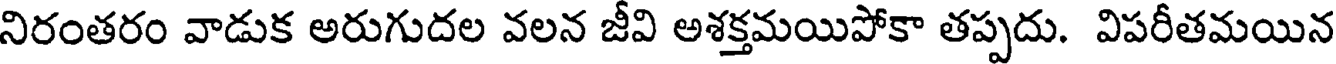
నిరంతరం వాడుక అరుగుదల వలన జీవి అశక్తమయిపోకా తప్పదు. విపరీతమయిన